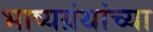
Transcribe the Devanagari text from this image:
भाष्यग्रंथांच्या